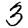
Digit: 3